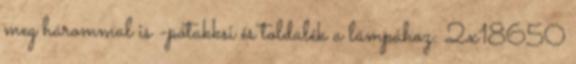
meg hárommal is -pótakksi és toldalék a lámpához: 2x18650